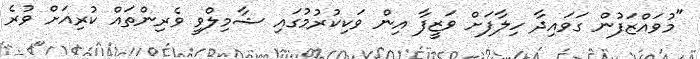
"މުވައްޒަފުން ގަވައިދާ ހިލާފަށް ވަޒީފާ އިން ވަކިކުރުމުގައި ޝާމިލްވީ ވެރިންތައް ކުރިއަށް ވުރެ